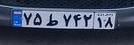
۷۵ط۷۴۲۱۸